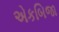
એકબિજા